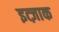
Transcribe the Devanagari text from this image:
इत्ज़ाक